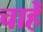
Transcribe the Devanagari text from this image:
चाहेँ